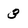
Character: 3